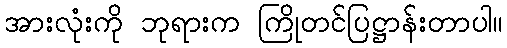
အားလုံးကို ဘုရားက ကြိုတင်ပြဋ္ဌာန်းတာပါ။